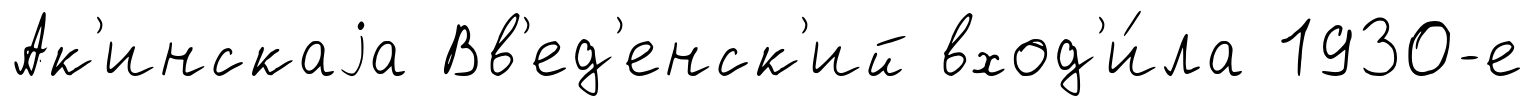
Ак'инскаjа Вв'ед'енск'ий вход'и́ла 1930-е